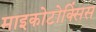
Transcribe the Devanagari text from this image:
माइकोटोक्सिंस